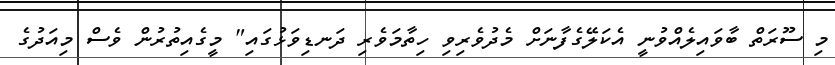
މި ސޫރަތް ބާވައިލެއްވުނީ އެކަލޭގެފާނަށް މެދުވެރިވި ހިތާމަވެރި ދަނޑިވަޅުގައި" މީގެއިތުރުން ވެސް މިއަދުގެ